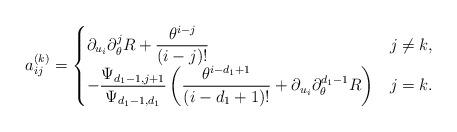
LaTeX: \begin{align*} a^{(k)}_{ij}= \begin{cases} \displaystyle\partial_{u_i} \partial^j_{\theta} R+\frac{\theta^{i-j}}{(i-j)!}&j\ne k,\\ \displaystyle-\frac{\Psi_{d_1-1,j+1}}{\Psi_{d_1-1,d_1}}\left(\frac{\theta^{i-d_1+1}}{(i-d_1+1)!}+\partial_{u_i} \partial^{d_1-1}_{\theta} R\right)&j= k. \end{cases} \end{align*}